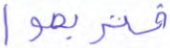
فتربصوا